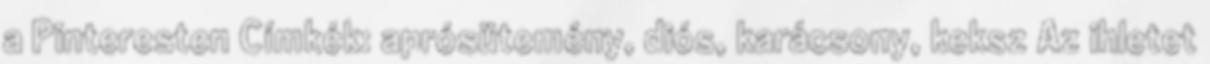
a Pinteresten Címkék: aprósütemény, diós, karácsony, keksz Az ihletet